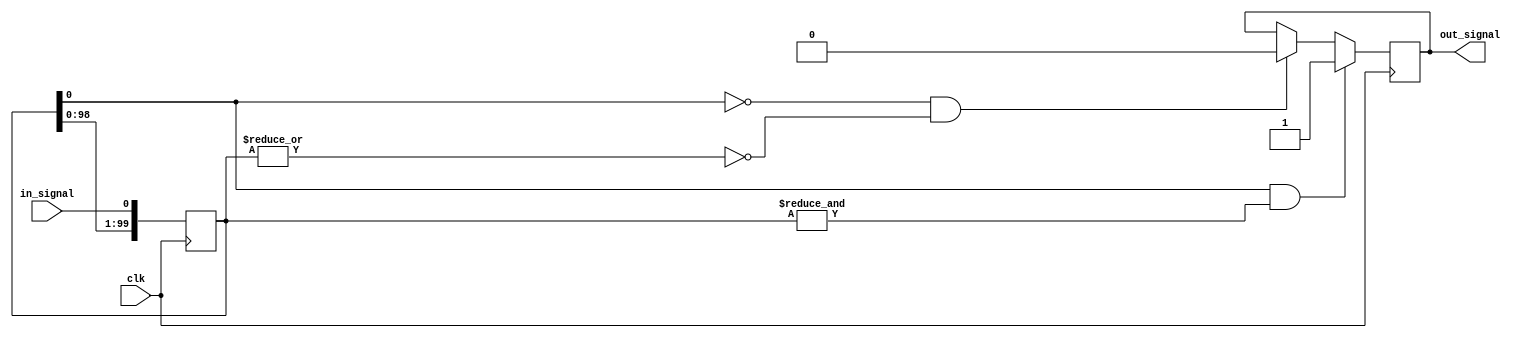
// This program was cloned from: https://github.com/CospanDesign/nysa-sata
// License: MIT License

module debounce #(
  parameter INITIAL_STATE     = 0,
  parameter DEBOUNCE_COUNT    = 100
)(
  input         clk,
  input         in_signal,
  output  reg   out_signal
);

reg [DEBOUNCE_COUNT - 1: 0] debounce;

initial begin
  out_signal    <=  INITIAL_STATE;
  debounce      <=  INITIAL_STATE;
end
always @ (posedge clk) begin

  debounce  <= {debounce[(DEBOUNCE_COUNT - 2) : 0], in_signal};

  if (debounce[0] == 1 && (& debounce)) begin
    out_signal         <=  1;
  end
  else if ((debounce[0] == 0) && (~| debounce)) begin
    out_signal         <=  0;
  end
end

endmodule